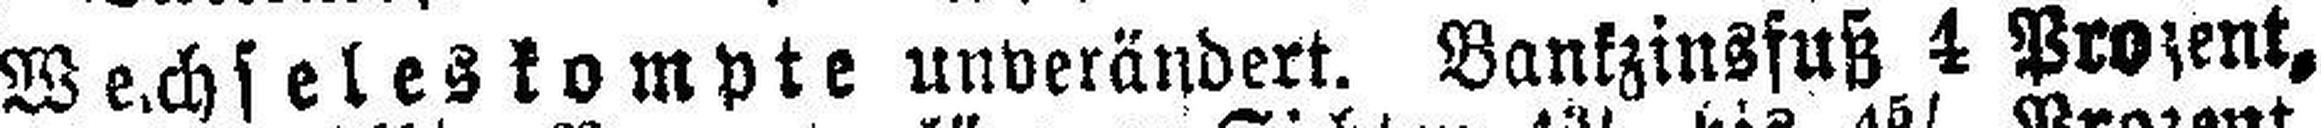
Wechseleskompte unverändert. Bankzinsfuß 4 Prozent,